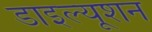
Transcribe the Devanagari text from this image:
डाइल्यूशन